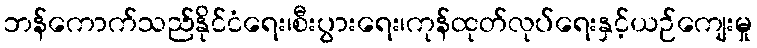
ဘန်ကောက်သည်နိုင်ငံရေး၊စီးပွားရေး၊ကုန်ထုတ်လုပ်ရေးနှင့်ယဉ်ကျေးမှု